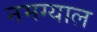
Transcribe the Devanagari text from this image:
नमग्याल